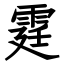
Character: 霆